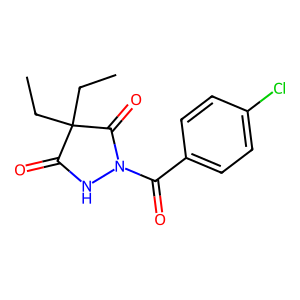
SMILES: CCC1(CC)C(=O)NN(C(=O)c2ccc(Cl)cc2)C1=O
Inhibits HIV replication: No